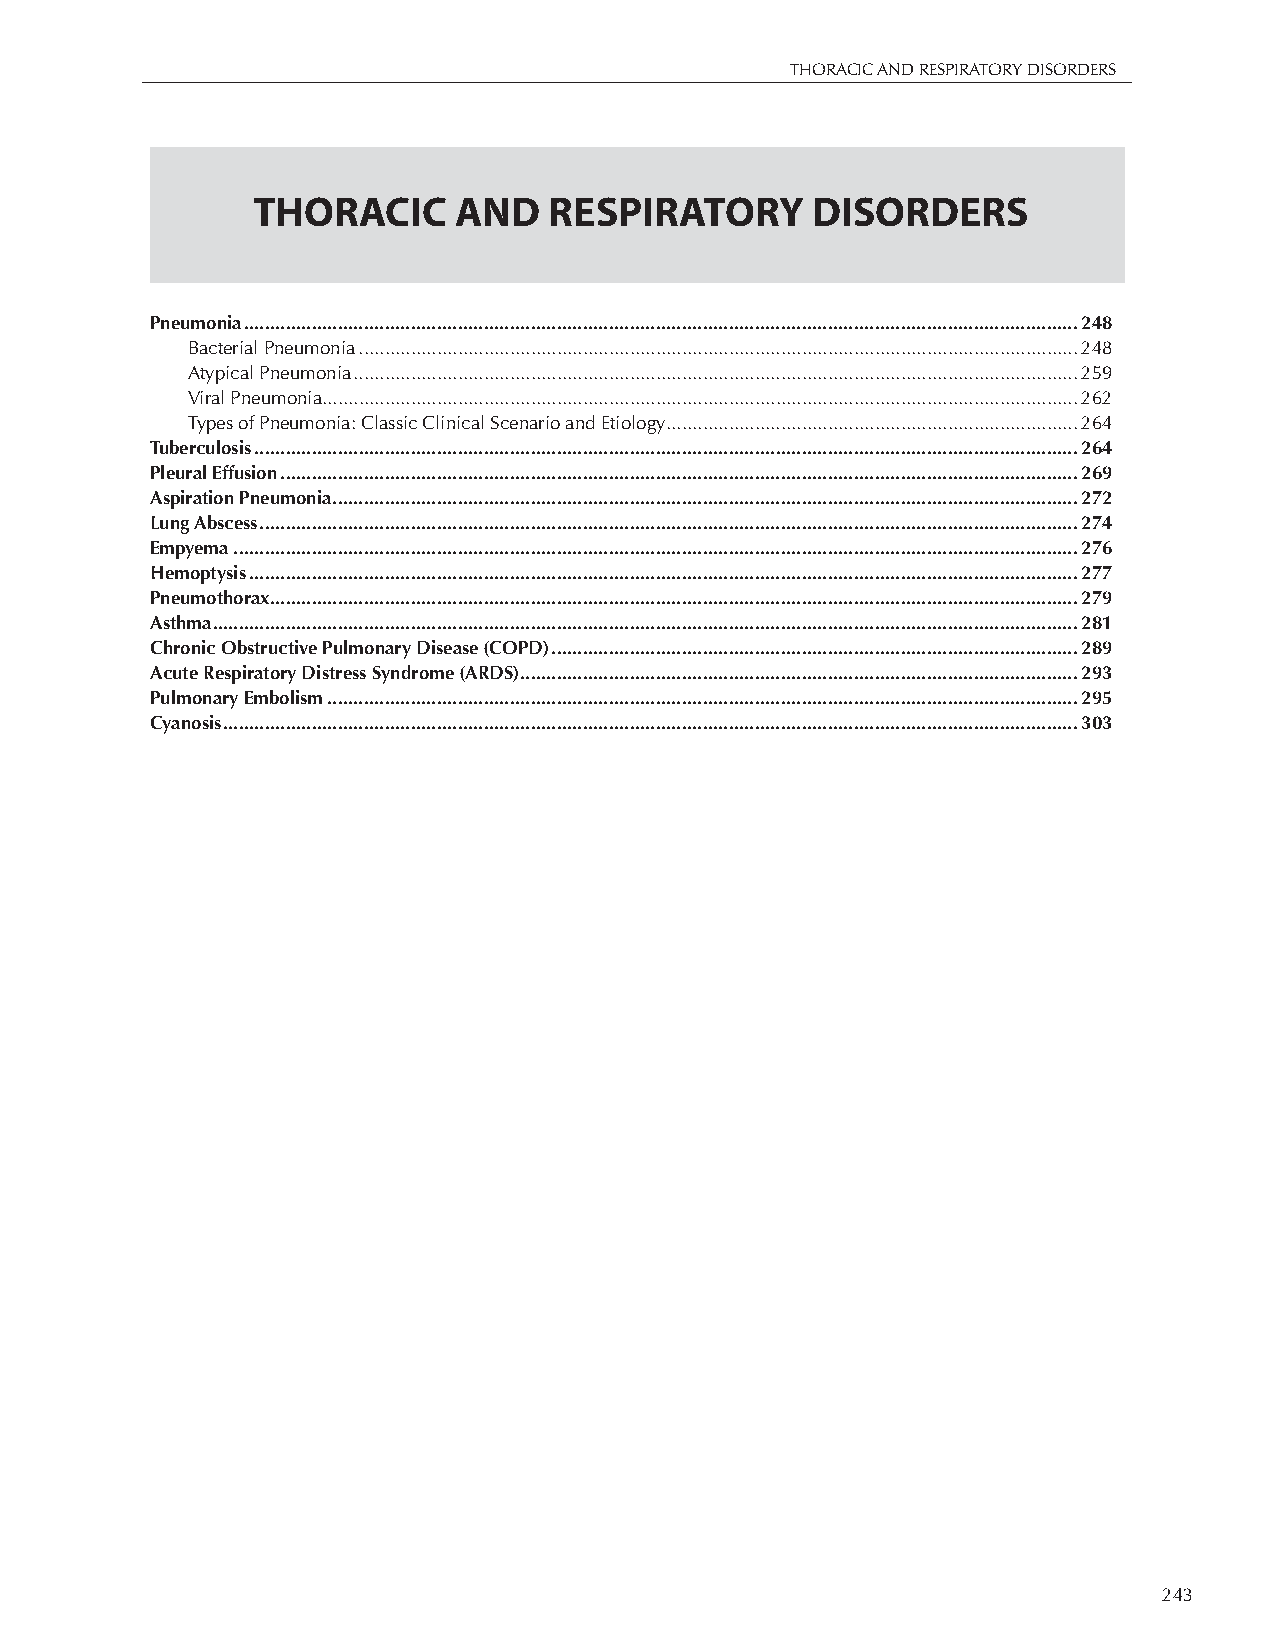
THORACIC AND RESPIRATORY DISORDERS
 THORACIC     AND   RESPIRATORY       DISORDERS
 Pneumonia ................................................................................................................................................................248
 Bacterial Pneumonia ..........................................................................................................................................248
 Atypical Pneumonia ...........................................................................................................................................259
 Viral Pneumonia.................................................................................................................................................262
 Types of Pneumonia: Classic Clinical Scenario and Etiology ...............................................................................264
 Tuberculosis ..............................................................................................................................................................264
 Pleural Effusion .........................................................................................................................................................269
 Aspiration Pneumonia ...............................................................................................................................................272
 Lung Abscess .............................................................................................................................................................274
 Empyema ..................................................................................................................................................................276
 Hemoptysis ...............................................................................................................................................................277
 Pneumothorax ...........................................................................................................................................................279
 Asthma ......................................................................................................................................................................281
 Chronic Obstructive Pulmonary Disease (COPD) .....................................................................................................289
 Acute Respiratory Distress Syndrome (ARDS) ...........................................................................................................293
 Pulmonary Embolism ................................................................................................................................................295
 Cyanosis ....................................................................................................................................................................303
 243